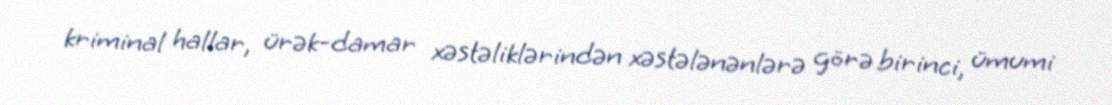
kriminal hallar, ürək-damar xəstəliklərindən xəstələnənlərə görə birinci, ümumi